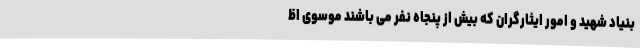
بنیاد شهید و امور ایثارگران که بیش از پنجاه نفر می باشند موسوی اظ